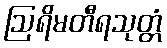
ဩရိမတီရသုတ္တံ